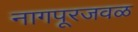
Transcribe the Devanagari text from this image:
नागपूरजवळ